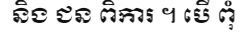
និង ជន ពិការ ។ បើ ពុំ